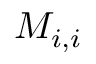
M _ { i , i }